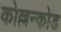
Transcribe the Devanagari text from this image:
कोल्लन्कोड